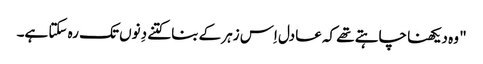
" وہ دیکھنا چاہتے تھے کہ عادل اِس زہر کے بنا کتنے دِنوں تک رہ سکتا ہے۔